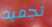
تجميد